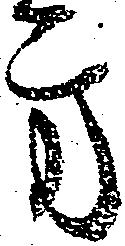
方